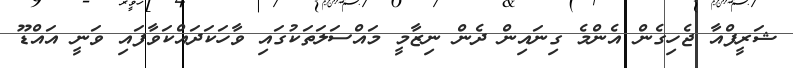
ޝަރީފްއާ ޖެހިގެން އެންމެ ގިނައިން ދެން ނިޒާމީ މައްސަލަތަކުގައި ވާހަކަދައްކަވާފައި ވަނީ އައްޑޫ